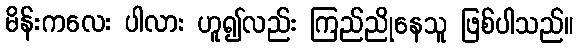
မိန်းကလေး ပါလား ဟူ၍လည်း ကြည်ညိုနေသူ ဖြစ်ပါသည်။